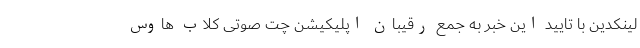
لینکدین با تایید این خبر به جمع رقیبان اپلیکیشن چت صوتی کلاب هاوس